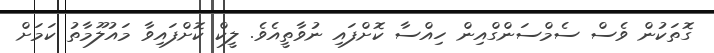
ގޮތަކުން ވެސް ސެމްސަންގްއިން ހިއްސާ ކޮށްފައި ނުވާތީއެވެ. ލީކް ކޮށްފައިވާ މައުލޫމާތު ކަމަށް